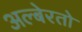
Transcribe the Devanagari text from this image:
अल्बेरतो